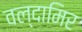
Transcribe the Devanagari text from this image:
वल्दामिर